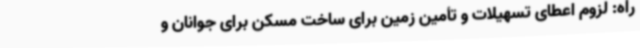
راه: لزوم اعطای تسهیلات و تأمین زمین برای ساخت مسکن برای جوانان و